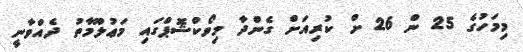
މިމަހުގެ 25 ން 26 ށް ކުރިއަށް ގެންދާ މިވޯކްޝޮޕްގައި މަޢުލޫމާތު ދެއްވާނީ